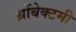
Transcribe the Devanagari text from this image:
थ्रोंबेक्टमी